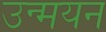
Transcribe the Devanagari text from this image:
उन्मयन